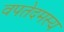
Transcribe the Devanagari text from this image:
वपतेदमस्य